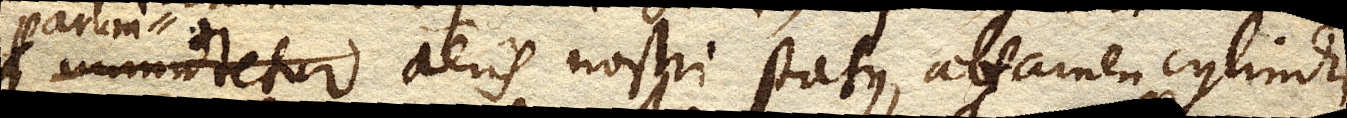
aeris nostri status, attamen cylindri